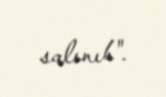
salınıb".